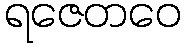
ရဇေတဝေ